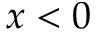
x < 0